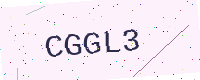
Text: CGGL3